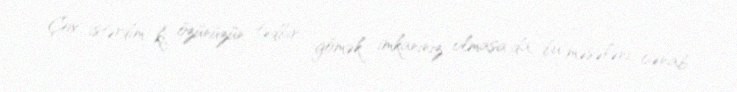
Çox istərdim ki, özünüzün tədbir gömək imkanınız olmasa da, bu məsələni cənab